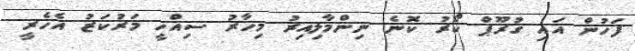
ފަހުން އައި ގުރޫޕް ކޯރު ކޮނެ ނިންމާލިއިރު މިހާރު ސިއްހީ މަރުކަޒު އެހެރީ